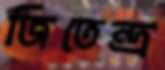
জিতেন্দ্র